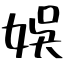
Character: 娛